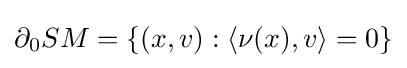
\partial _{0}SM=\{(x,v):\langle \nu (x),v\rangle =0\}